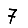
Digit: 7